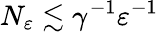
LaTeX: N_{\varepsilon}\lesssim\gamma^{-1}\varepsilon^{-1}